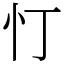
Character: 忊